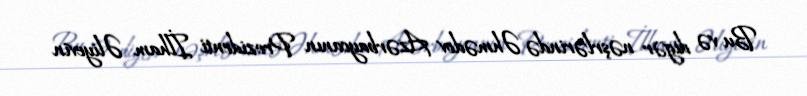
Bu və digər nəşrlərində Əhmədov Azərbaycanın Prezidenti İlham Əliyevin